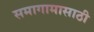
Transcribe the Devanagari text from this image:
समागामासाठी